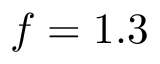
f = 1 . 3